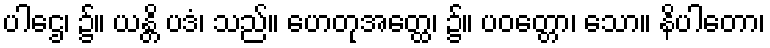
ပါဌေ၊ ၌။ ယန္တိ ပဒံ၊ သည်။ ဟေတုအတ္ထေ၊ ၌။ ပဝတ္တော၊ သော။ နိပါတော၊